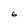
Character: 6